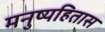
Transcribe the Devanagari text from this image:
मनुष्यहितास